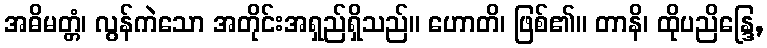
အဓိမတ္တံ၊ လွန်ကဲသော အတိုင်းအရှည်ရှိသည်။ ဟောတိ၊ ဖြစ်၏။ တာနိ၊ ထိုပညိန္ဒြေ,